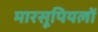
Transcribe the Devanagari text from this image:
मारसूपियलों